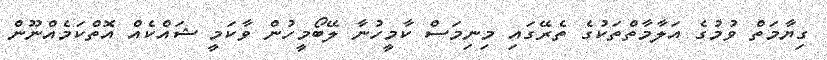
ގިޔާމަތް ވުމުގެ އަލާމާތްތަކުގެ ތެރޭގައި މިނިމަސް ކާމީހުނާ ލޭބޯމީހުން ވާކަމީ ޝައްކެއް އޮތްކަމެއްނޫން